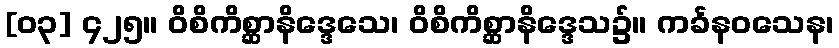
[၀၃] ၄၂၅။ ဝိစိကိစ္ဆာနိဒ္ဒေသေ၊ ဝိစိကိစ္ဆာနိဒ္ဒေသ၌။ ကင်္ခနဝသေန၊